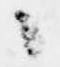
々